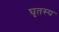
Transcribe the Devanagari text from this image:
घृतस्य